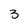
Character: 3